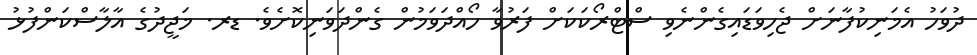
ދުވަހު އެމަނިކުފާނަށް ޖެހިވަޑައިގެންނެވި ސްޓްރޯކަކަށް ފަރުވާ ހޯއްދަވަމުން ގެންދަވަނިކޮށެވެ. ޑރ. މަޖީދުގެ އާލާސްކަންފުޅު